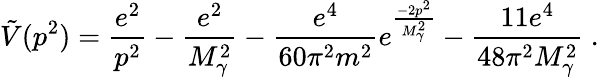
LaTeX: \tilde{V}(p^{2})=\frac{e^{2}}{p^{2}}-\frac{e^{2}}{M_{\gamma}^{2}}-\frac{e^{4}}{60\pi^{2}m^{2}}e^{\frac{-2p^{2}}{M_{\gamma}^{2}}}-\frac{11e^{4}}{48\pi^{2}M_{\gamma}^{2}}\ .